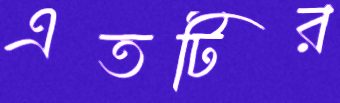
এতটির